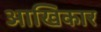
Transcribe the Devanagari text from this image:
आखिकार